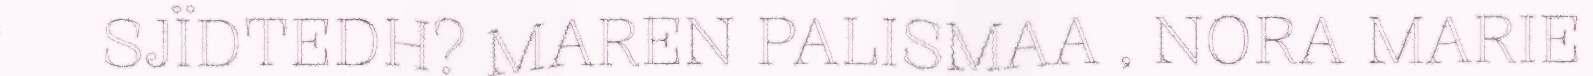
SJÏDTEDH? MAREN PALISMAA , NORA MARIE